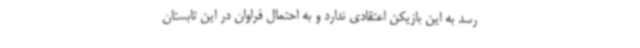
رسد به این بازیکن اعتقادی ندارد و به احتمال فراوان در این تابستان